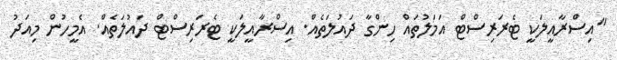
"އިސްރާއީލަކީ ޓެރަރިސްޓް އަމަލުތައް ހިންގާ ދައުލަތެއް. އިސްރާއީލަކީ ޓެރަރިސްޓް ދައުލަތެއް. އެމީހުން މިއަދު